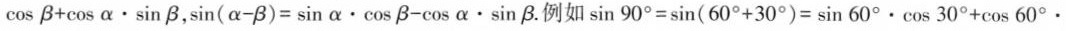
\cos β + \cos α \cdot \sin β$$ ， $$\sin ( α - β ) = \sin α \cdot \cos β - \cos α \cdot \sin β$$ .例如 $$\sin 9 0 ° = \sin ( 6 0 ° + 3 0 ° ) = \sin 6 0 ° \cdot \cos 3 0 ° + \cos 6 0 ° \cdot